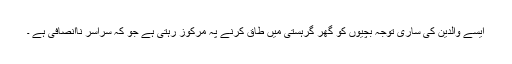
ایسے والدین کی ساری توجہ بچیوں کو گھر گرہستی میں طاق کرنے پہ مرکوز رہتی ہے جو کہ سراسر ناانصافی ہے ۔